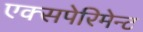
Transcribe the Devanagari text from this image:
एक्सपेरिमेन्ट